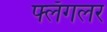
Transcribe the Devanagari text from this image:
फ्लॅगलर